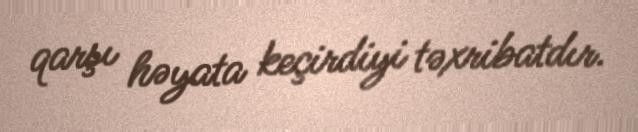
qarşı həyata keçirdiyi təxribatdır.